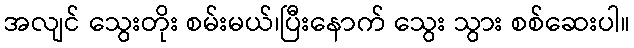
အလျင် သွေးတိုး စမ်းမယ်၊ပြီးနောက် သွေး သွား စစ်ဆေးပါ။